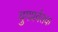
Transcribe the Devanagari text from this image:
युगप्रर्वतक